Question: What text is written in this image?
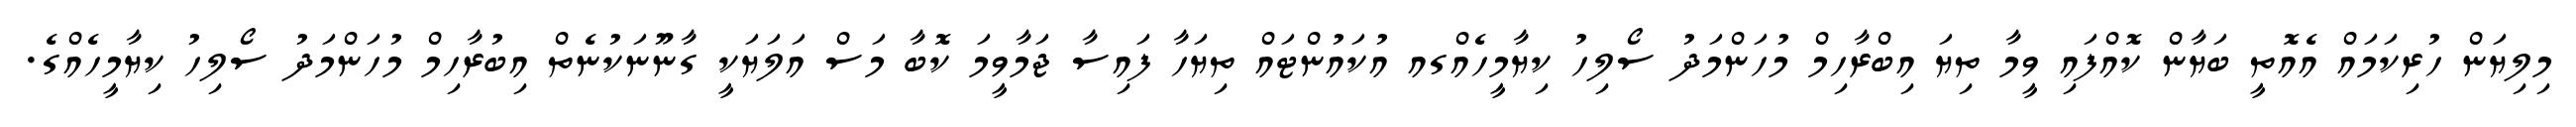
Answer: މިލިޔަން ހުރިކަމައް އެއޮތީ ބަޔާން ކޮއްފައި ވީމާ ތިޔަ އިބްރާހިމް މުހަންމަދު ސޯލިހު ކިޔާމީހެއްގއ އުކައުންޓައް ތިޔަހާ ފައިސާ ޖަމާވީމަ ކޮބާ މަސް އަލަޔަކީ ގާނޫނަކުނެތް އިބުރާހިމް މުހަންމަދު ސޯލިހު ކިޔާމީހެއްގެ.